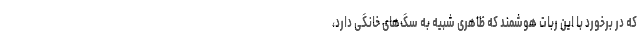
که در برخورد با این ربات هوشمند که ظاهری شبیه به سگ‌های خانگی دارد،